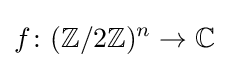
f\colon (\mathbb {Z} /2\mathbb {Z} )^{n}\to \mathbb {C}